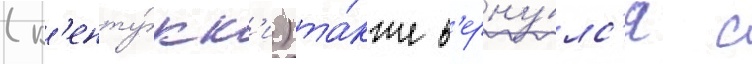
(к'енту́кк'и) та́кже в'ерну́лс'я с